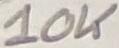
Text: 10K